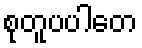
စုတူပပါတေ